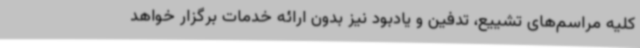
کلیه مراسم‌های تشییع، تدفین و یادبود نیز بدون ارائه خدمات برگزار خواهد